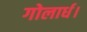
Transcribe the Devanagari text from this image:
गोलार्ध।